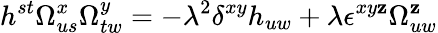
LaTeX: h^{st}\Omega_{us}^{x}\Omega_{tw}^{y}=-\lambda^{2}\delta^{xy}h_{uw}+\lambda\epsilon^{xy\mathbf{z}}\Omega_{uw}^{\mathbf{z}}